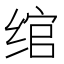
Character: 绾